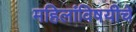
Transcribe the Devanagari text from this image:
महिलांविषयीचे